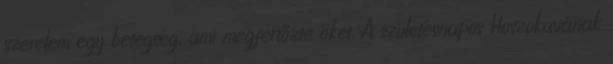
szerelem egy betegség, ami megfertőzte őket. A születésnapos Hoszokavának